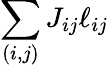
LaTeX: \sum_{(i,j)}J_{ij}\ell_{ij}